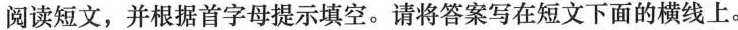
阅读短文,并根据首字母提示填空.请将答案写在短文下面的横线上.